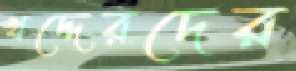
খদ্দেরদের